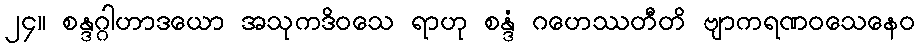
၂၄။ စန္ဒဂ္ဂါဟာဒယော အသုကဒိဝသေ ရာဟု စန္ဒံ ဂဟေဿတီတိ ဗျာကရဏဝသေနေဝ